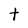
Character: t